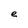
Character: e